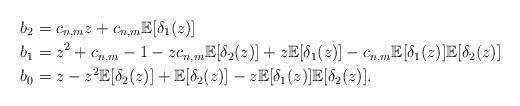
LaTeX: \begin{align*} & b_2 = c_{n,m}z + c_{n,m} \mathbb{E}[\delta_1(z)] \\ & b_1 = z^2 +c_{n,m} -1 -z c_{n,m} \mathbb{E}[\delta_2(z)]+z \mathbb{E}[\delta_1(z)]-c_{n,m} \mathbb{E}[\delta_1(z)]\mathbb{E}[\delta_2(z)]\\ & b_0 = z - z^2 \mathbb{E}[\delta_2(z)] + \mathbb{E}[\delta_2(z)] - z \mathbb{E}[\delta_1(z)]\mathbb{E}[\delta_2(z)]. \end{align*}